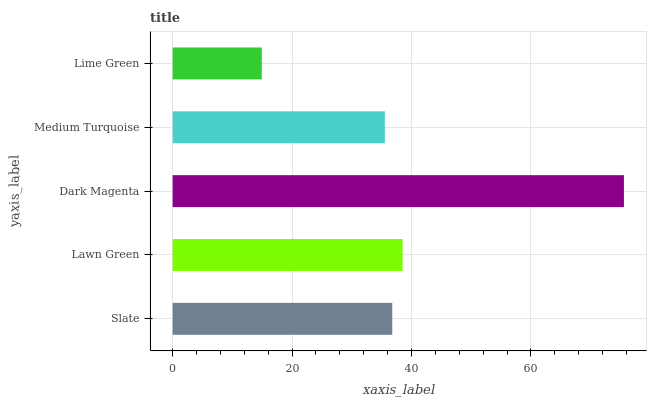
| yaxis_label | bars |
 | --- | --- |
 | Slate | 36.8 |
 | Lawn Green | 38.5 |
 | Dark Magenta | 75.6 |
 | Medium Turquoise | 35.5 |
 | Lime Green | 14.9 |